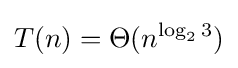
T(n)=\Theta (n^{\log _{2}3})\,\!